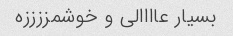
بسیار عاااالی و خوشمززززه